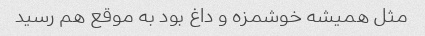
مثل همیشه خوشمزه و داغ بود به موقع هم رسید